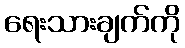
ရေးသားချက်ကို